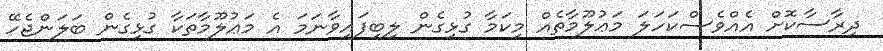
ދިރާސާކޮށް އެއްވެސްކަހަލަ މަޢުލޫމާތެއް މިކަމާ ގުޅިގެން ލިބިފައިވާނަމަ އެ މަޢުލޫމާތަކާ ގުޅިގެން ބަލަންޖެހޭ